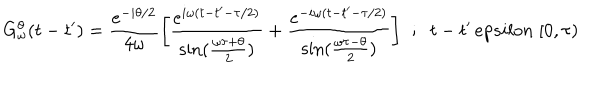
G _ { \omega } ^ { \theta } ( t - t ^ { \prime } ) = { \frac { e ^ { - i \theta / 2 } } { 4 \omega } } \biggl [ { \frac { e ^ { i \omega ( t - t ^ { \prime } - \tau / 2 ) } } { \sin ( { \frac { \omega \tau + \theta } { 2 } } ) } } + { \frac { e ^ { - i \omega ( t - t ^ { \prime } - \tau / 2 ) } } { \sin ( { \frac { \omega \tau - \theta } { 2 } } ) } } \biggr ] \; \; ; \; \; t - t ^ { \prime } \, e p s i l o n \; [ 0 , \tau )